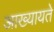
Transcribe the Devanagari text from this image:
आख्यायते